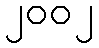
၂၀၀၂